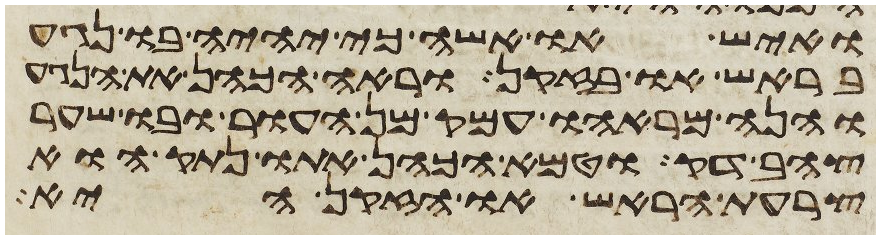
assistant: ואיש או אשה כי יהיה בו נגע
בראש או בזקן וראה הכהן את הנגע
והנה מראהו עמק מן העור ובו שער
צהב דק וטמא הכהן אתו נתק הוא
צרעת הראש או הזקן היא